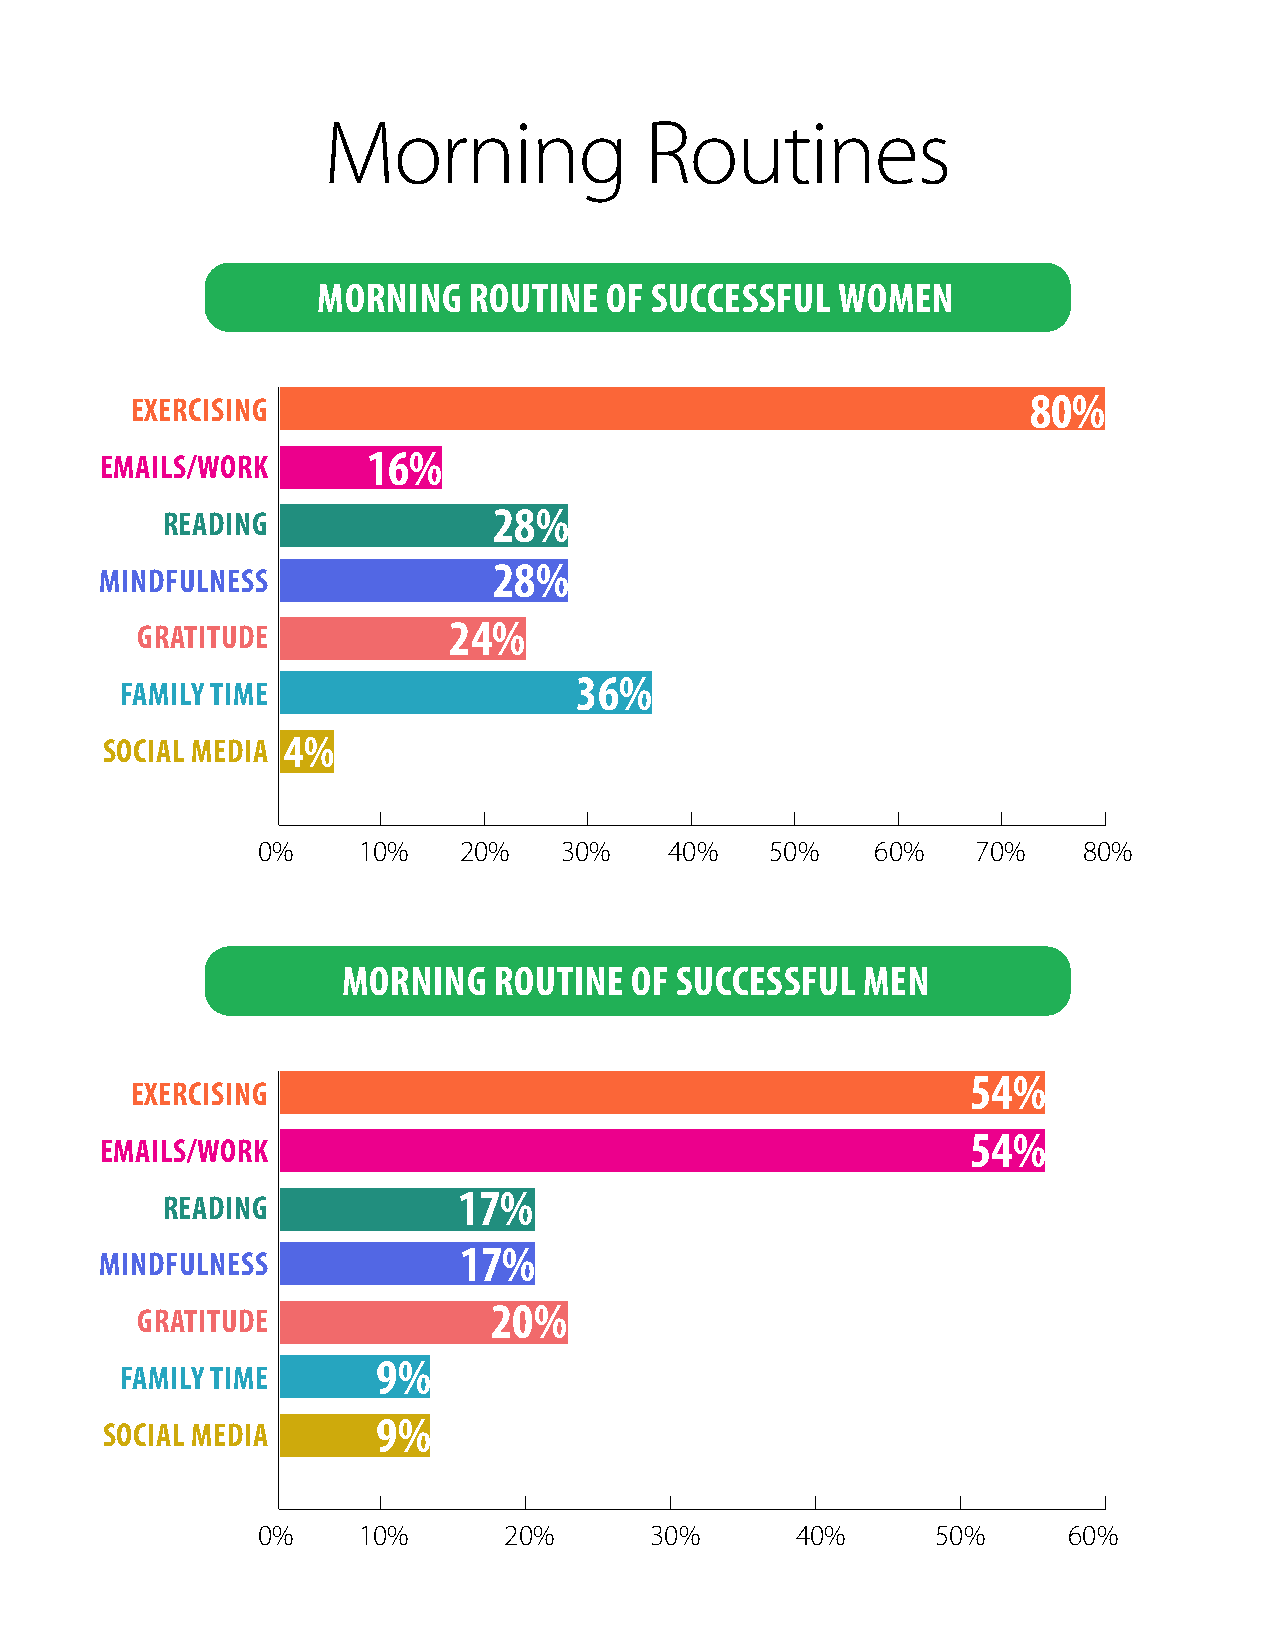
Morning               Routines
 MORNING   ROUTINE  OF SUCCESSFUL  WOMEN
 EXERCISING                                                 80%
 EMAILS/WORK      16%
 READING               28%
 28%
 MINDFULNESS
 GRATITUDE            24%
 36%
 FAMILY TIME
 SOCIAL MEDIA 4%
 0%     10%   20%    30%    40%    50%    60%    70%    80%
 MORNING   ROUTINE  OF SUCCESSFUL  MEN
 54%
 EXERCISING
 54%
 EMAILS/WORK
 READING            17%
 17%
 MINDFULNESS
 GRATITUDE               20%
 9%
 FAMILY TIME
 9%
 SOCIAL MEDIA
 0%     10%      20%       30%       40%      50%      60%